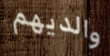
والديهم